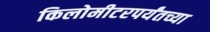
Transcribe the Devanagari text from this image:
किलोमीटरपर्यंतच्या